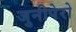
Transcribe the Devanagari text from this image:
जुनीपेरो